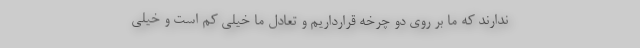
ندارند که ما بر روی دو چرخه قرارداریم و تعادل ما خیلی کم است و خیلی